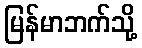
မြန်မာဘက်သို့